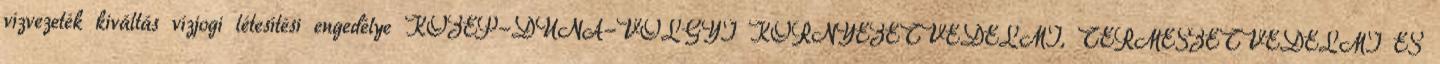
vízvezeték kiváltás vízjogi létesítési engedélye KÖZÉP-DUNA-VÖLGYI KÖRNYEZETVÉDELMI, TERMÉSZETVÉDELMI ÉS